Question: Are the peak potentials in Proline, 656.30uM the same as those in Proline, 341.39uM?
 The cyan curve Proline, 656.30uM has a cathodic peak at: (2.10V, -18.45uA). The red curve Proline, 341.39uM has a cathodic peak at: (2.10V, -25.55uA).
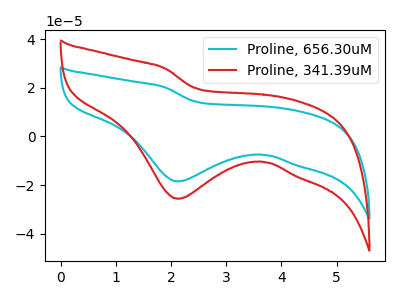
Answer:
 <answer>Yes, "Proline, 656.30uM" have a peak in "Proline, 341.39uM" at the same potential.</answer>
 <eval>match</eval>